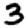
Digit: 3